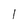
Character: 1